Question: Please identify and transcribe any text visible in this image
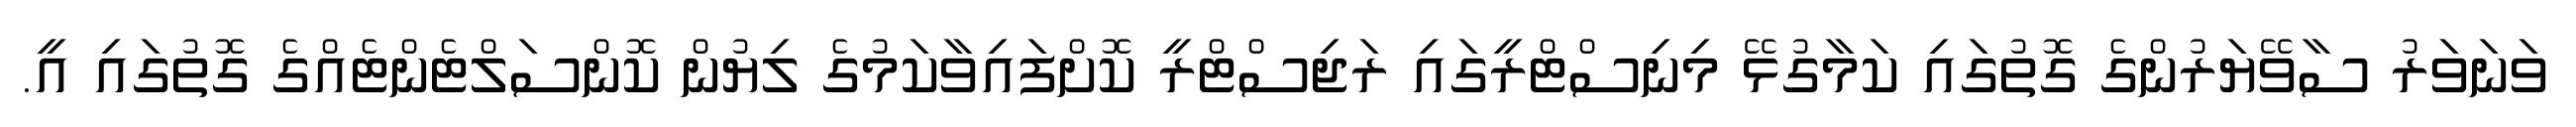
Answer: ވަނަވަރު ސާވޭޔަރުންގެ ގޮތުގައި ކަމާގުޅޭ މިނިސްޓްރީގައި ރަޖިސްޓްރީ ކޮށްފައިވާކަމުގެ ލިޔުން ކޮންސަލްޓެންޓެއްގެ ގޮތުގައި އީ.